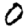
Digit: 0